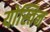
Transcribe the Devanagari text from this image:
योस्तिन